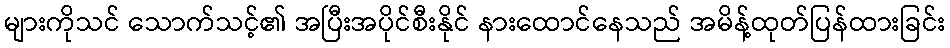
များကိုသင် သောက်သင့်၏ အပြီးအပိုင်စီးနိုင် နားထောင်နေသည် အမိန့်ထုတ်ပြန်ထားခြင်း